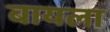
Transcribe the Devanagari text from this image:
बायला